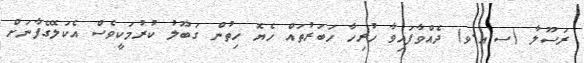
ރަސޫލާ (ސ.އ.ވ) ދެއްވާފައިވާ ހުރިހާ ހަބަރުތައް ހެޔޮ ހިތުން ގަބޫލު ކުރުމަކީވެސް އެކަލޭގެފާނަށް